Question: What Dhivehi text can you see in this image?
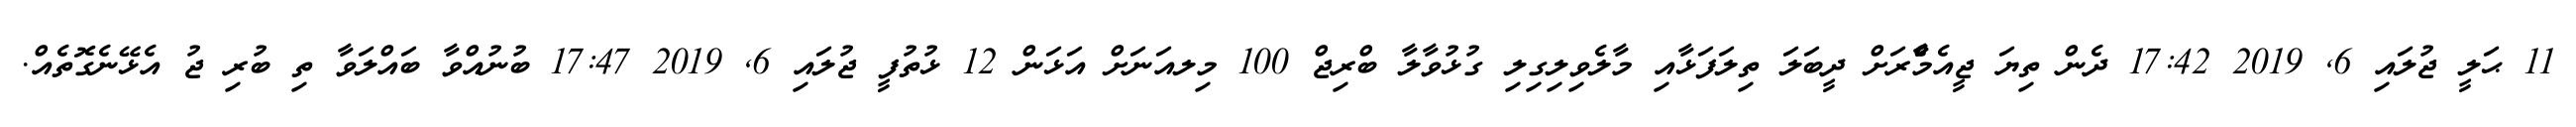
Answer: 11 ޙަލީ ޖުލައި 6, 2019 17:42 ދެން ތިޔަ ޖީއެމްެާރަށް ދީބަލަ ތިލަފަޅާއި މާލެވިލިގިލި ގުޅުވާލާ ބްރިޖް 100 މިލއަނަށް އަޅަން 12 ޅުތުފީ ޖުލައި 6, 2019 17:47 ބުނުއްވާ ބައްލަވާ ތި ބުރި ޖު އެޅޭނެގޮތެއް.